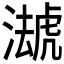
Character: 𧇦